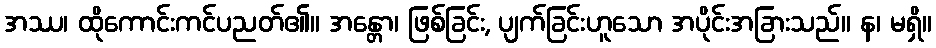
အဿ၊ ထိုကောင်းကင်ပညတ်၏။ အန္တော၊ ဖြစ်ခြင်း, ပျက်ခြင်းဟူသော အပိုင်းအခြားသည်။ န၊ မရှိ။